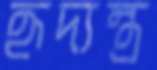
হৃদ্‌যন্ত্র